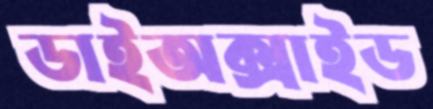
ডাইঅক্সাইড